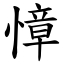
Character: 慞